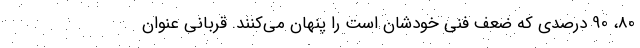
80، 90 درصدی که ضعف فنی خودشان است را پنهان می‌کنند. قربانی عنوان